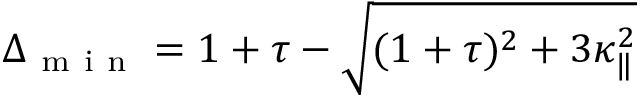
\Delta _ { \mathrm { ~ m ~ i ~ n ~ } } = 1 + \tau - \sqrt { ( 1 + \tau ) ^ { 2 } + 3 \kappa _ { \| } ^ { 2 } }